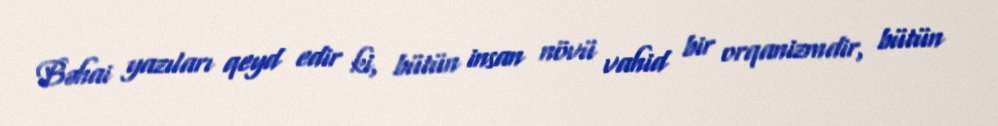
Bəhai yazıları qeyd edir ki, bütün insan növü vahid bir orqanizmdir, bütün